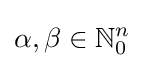
\alpha ,\beta \in \mathbb {N} _{0}^{n}